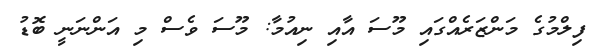
ފިލްމުގެ މަންޒަރެއްގައި މޫސަ އާއި ނިއުމާ: މޫސަ ވެސް މި އަންނަނީ ބޮޑު